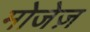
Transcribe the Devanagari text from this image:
मोजेज़